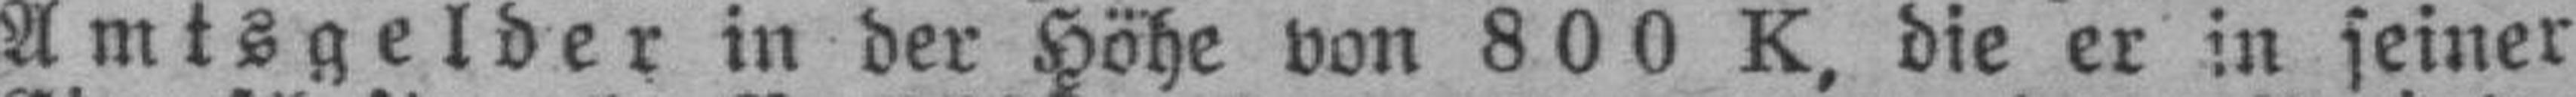
Amtsgelder in der Höhe von 800 K, die er in seiner